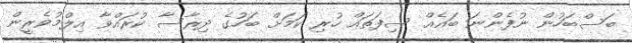
ބަސްބަހުން ނުފެންނަ ބައެއް ސިފަތައް ހުރި ކަމަށް ބަހުގެ ދިރާސާ ކުރައްވާ އިލްމުވެރީން